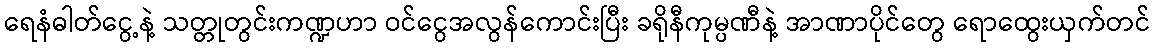
ရေနံဓါတ်ငွေ့နဲ့ သတ္တုတွင်းကဏ္ဍဟာ ဝင်ငွေအလွန်ကောင်းပြီး ခရိုနီကုမ္ပဏီနဲ့ အာဏာပိုင်တွေ ရောထွေးယှက်တင်